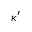
\kappa ^ { \prime }